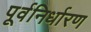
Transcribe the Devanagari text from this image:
पूर्वनिर्धारण